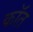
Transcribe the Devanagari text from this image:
कॉत